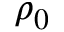
\rho _ { 0 }